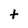
Character: t